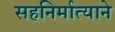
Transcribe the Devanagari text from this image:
सहनिर्मात्याने